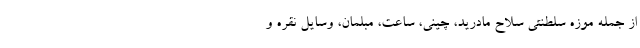
از جمله موزه سلطنتی سلاح مادرید، چینی، ساعت، مبلمان، وسایل نقره و